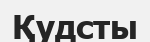
Қудсты